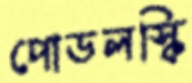
পোডলস্কি